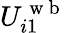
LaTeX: U_{i1}^{\mathrm{~w~b~}}